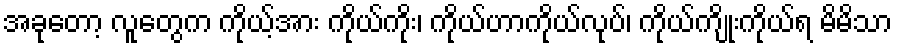
အခုတော့ လူတွေက ကိုယ့်အား ကိုယ်ကိုး၊ ကိုယ်ဟာကိုယ်လုပ်၊ ကိုယ်ကျိုးကိုယ်ရ မိမိသာ